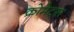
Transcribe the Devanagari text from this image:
क्रोमेट्स